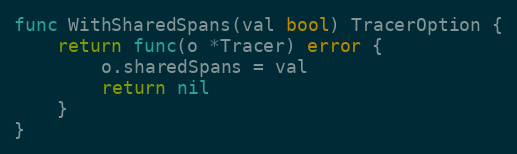
Language: Go
func WithSharedSpans(val bool) TracerOption {
	return func(o *Tracer) error {
		o.sharedSpans = val
		return nil
	}
}